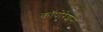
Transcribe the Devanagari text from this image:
कॉपोरेशनों